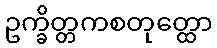
ဥက္ခိတ္တကစတုတ္ထော